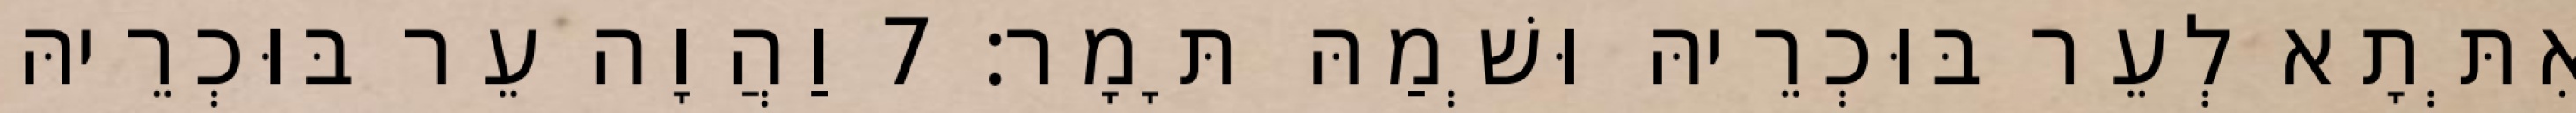
אִתְּתָא לְעֵר בּוּכְרֵיהּ וּשְׁמַהּ תָּמָר׃ 7 וַהֲוָה עֵר בּוּכְרֵיהּ